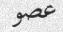
عصو